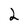
Character: 2